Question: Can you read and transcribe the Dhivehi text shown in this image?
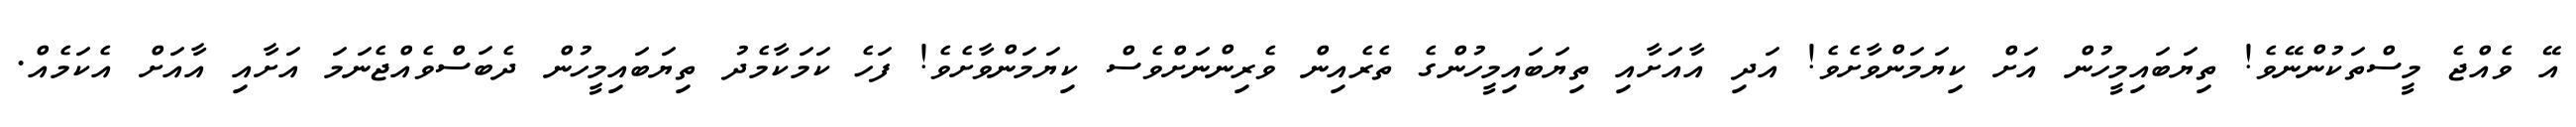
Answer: އޭ ވެއްޖެ މީސްތަކުންނޭވެ! ތިޔަބައިމީހުން އަށް ކިޔަމަންވާށެވެ! އަދި އާއަށާއި ތިޔަބައިމީހުންގެ ތެރެއިން ވެރިންނަށްވެސް ކިޔަމަންވާށެވެ! ފަހެ ކަމަކާމެދު ތިޔަބައިމީހުން ދެބަސްވެއްޖެނަމަ އަށާއި އާއަށް އެކަމެއް.